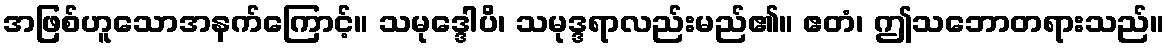
အဖြစ်ဟူသောအနက်ကြောင့်။ သမုဒ္ဒေါပိ၊ သမုဒ္ဒရာလည်းမည်၏။ ဧတံ၊ ဤသဘောတရားသည်။